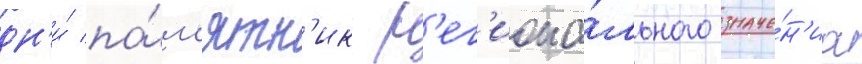
дн'и́ па́м'ятн'ик р'ег'иона́льного значе́н'иа